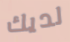
لديك